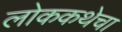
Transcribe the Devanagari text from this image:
लोककथेचा